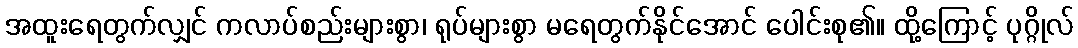
အထူးရေတွက်လျှင် ကလာပ်စည်းများစွာ၊ ရုပ်များစွာ မရေတွက်နိုင်အောင် ပေါင်းစု၏။ ထို့ကြောင့် ပုဂ္ဂိုလ်